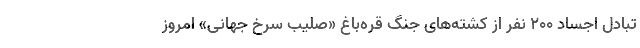
تبادل اجساد ۲۰۰ نفر از کشته‌های جنگ قره‌باغ «صلیب سرخ جهانی» امروز